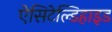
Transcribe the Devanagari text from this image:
ऐसिटेल्डिहाइड